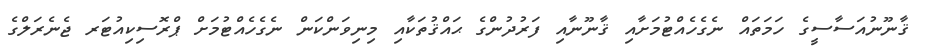
ޤާނޫނުއަސާސީގެ ހަމަތައް ނެގެހެއްޓުމަށާއި ޤާނޫނާއި ފަރުދުންގެ ޙައްޤުތަކާއި މިނިވަންކަން ނެގެހެއްޓުމަށް ޕްރޮސިކިއުޓަރ ޖެނެރަލްގެ